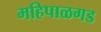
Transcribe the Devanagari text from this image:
महिपाळगड